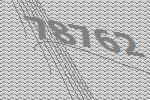
78762